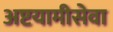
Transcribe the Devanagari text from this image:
अष्टयामीसेवा